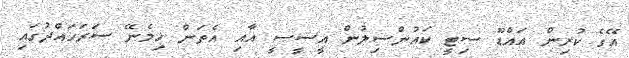
އޭގެ ކުރިން އައްޑޫ ސިޓީ ކައުންސިލުން އީސީސީ އާއި އެތަން ހިމެނޭ ސަރަހައްދުގައި